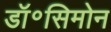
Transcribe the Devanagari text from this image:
डॉ॰सिमोन